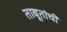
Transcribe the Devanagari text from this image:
ताबूतांची